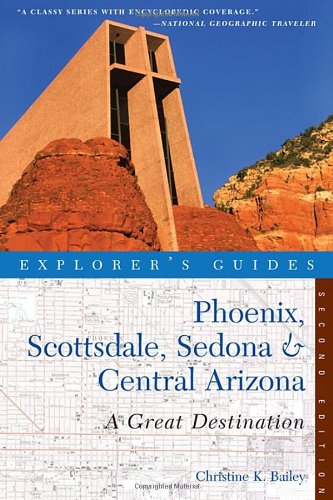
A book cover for Explorer's Guide Phoenix, Scottsdale, Sedona & Central Arizona: A Great Destination (Second Edition)  (Explorer's Great Destinations); Christine Bailey; Travel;